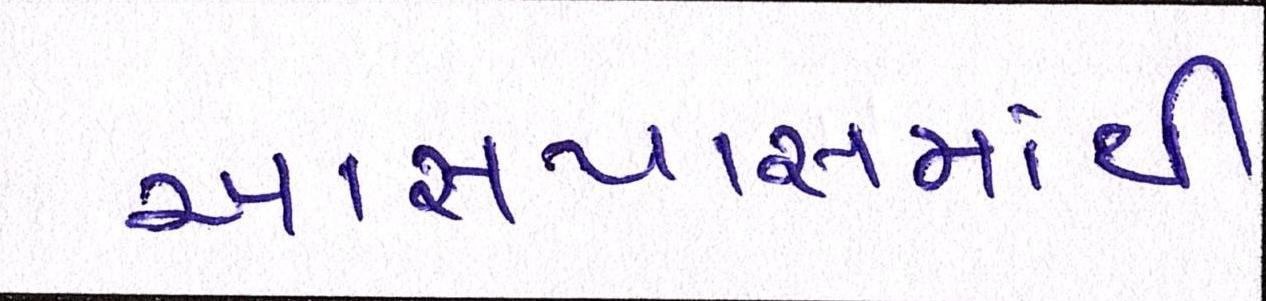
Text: આસપાસમાંથી